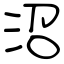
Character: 沼